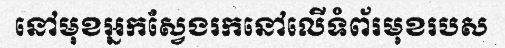
នៅមុខអ្នកស្វែងរកនៅលើទំព័រមុខរបស